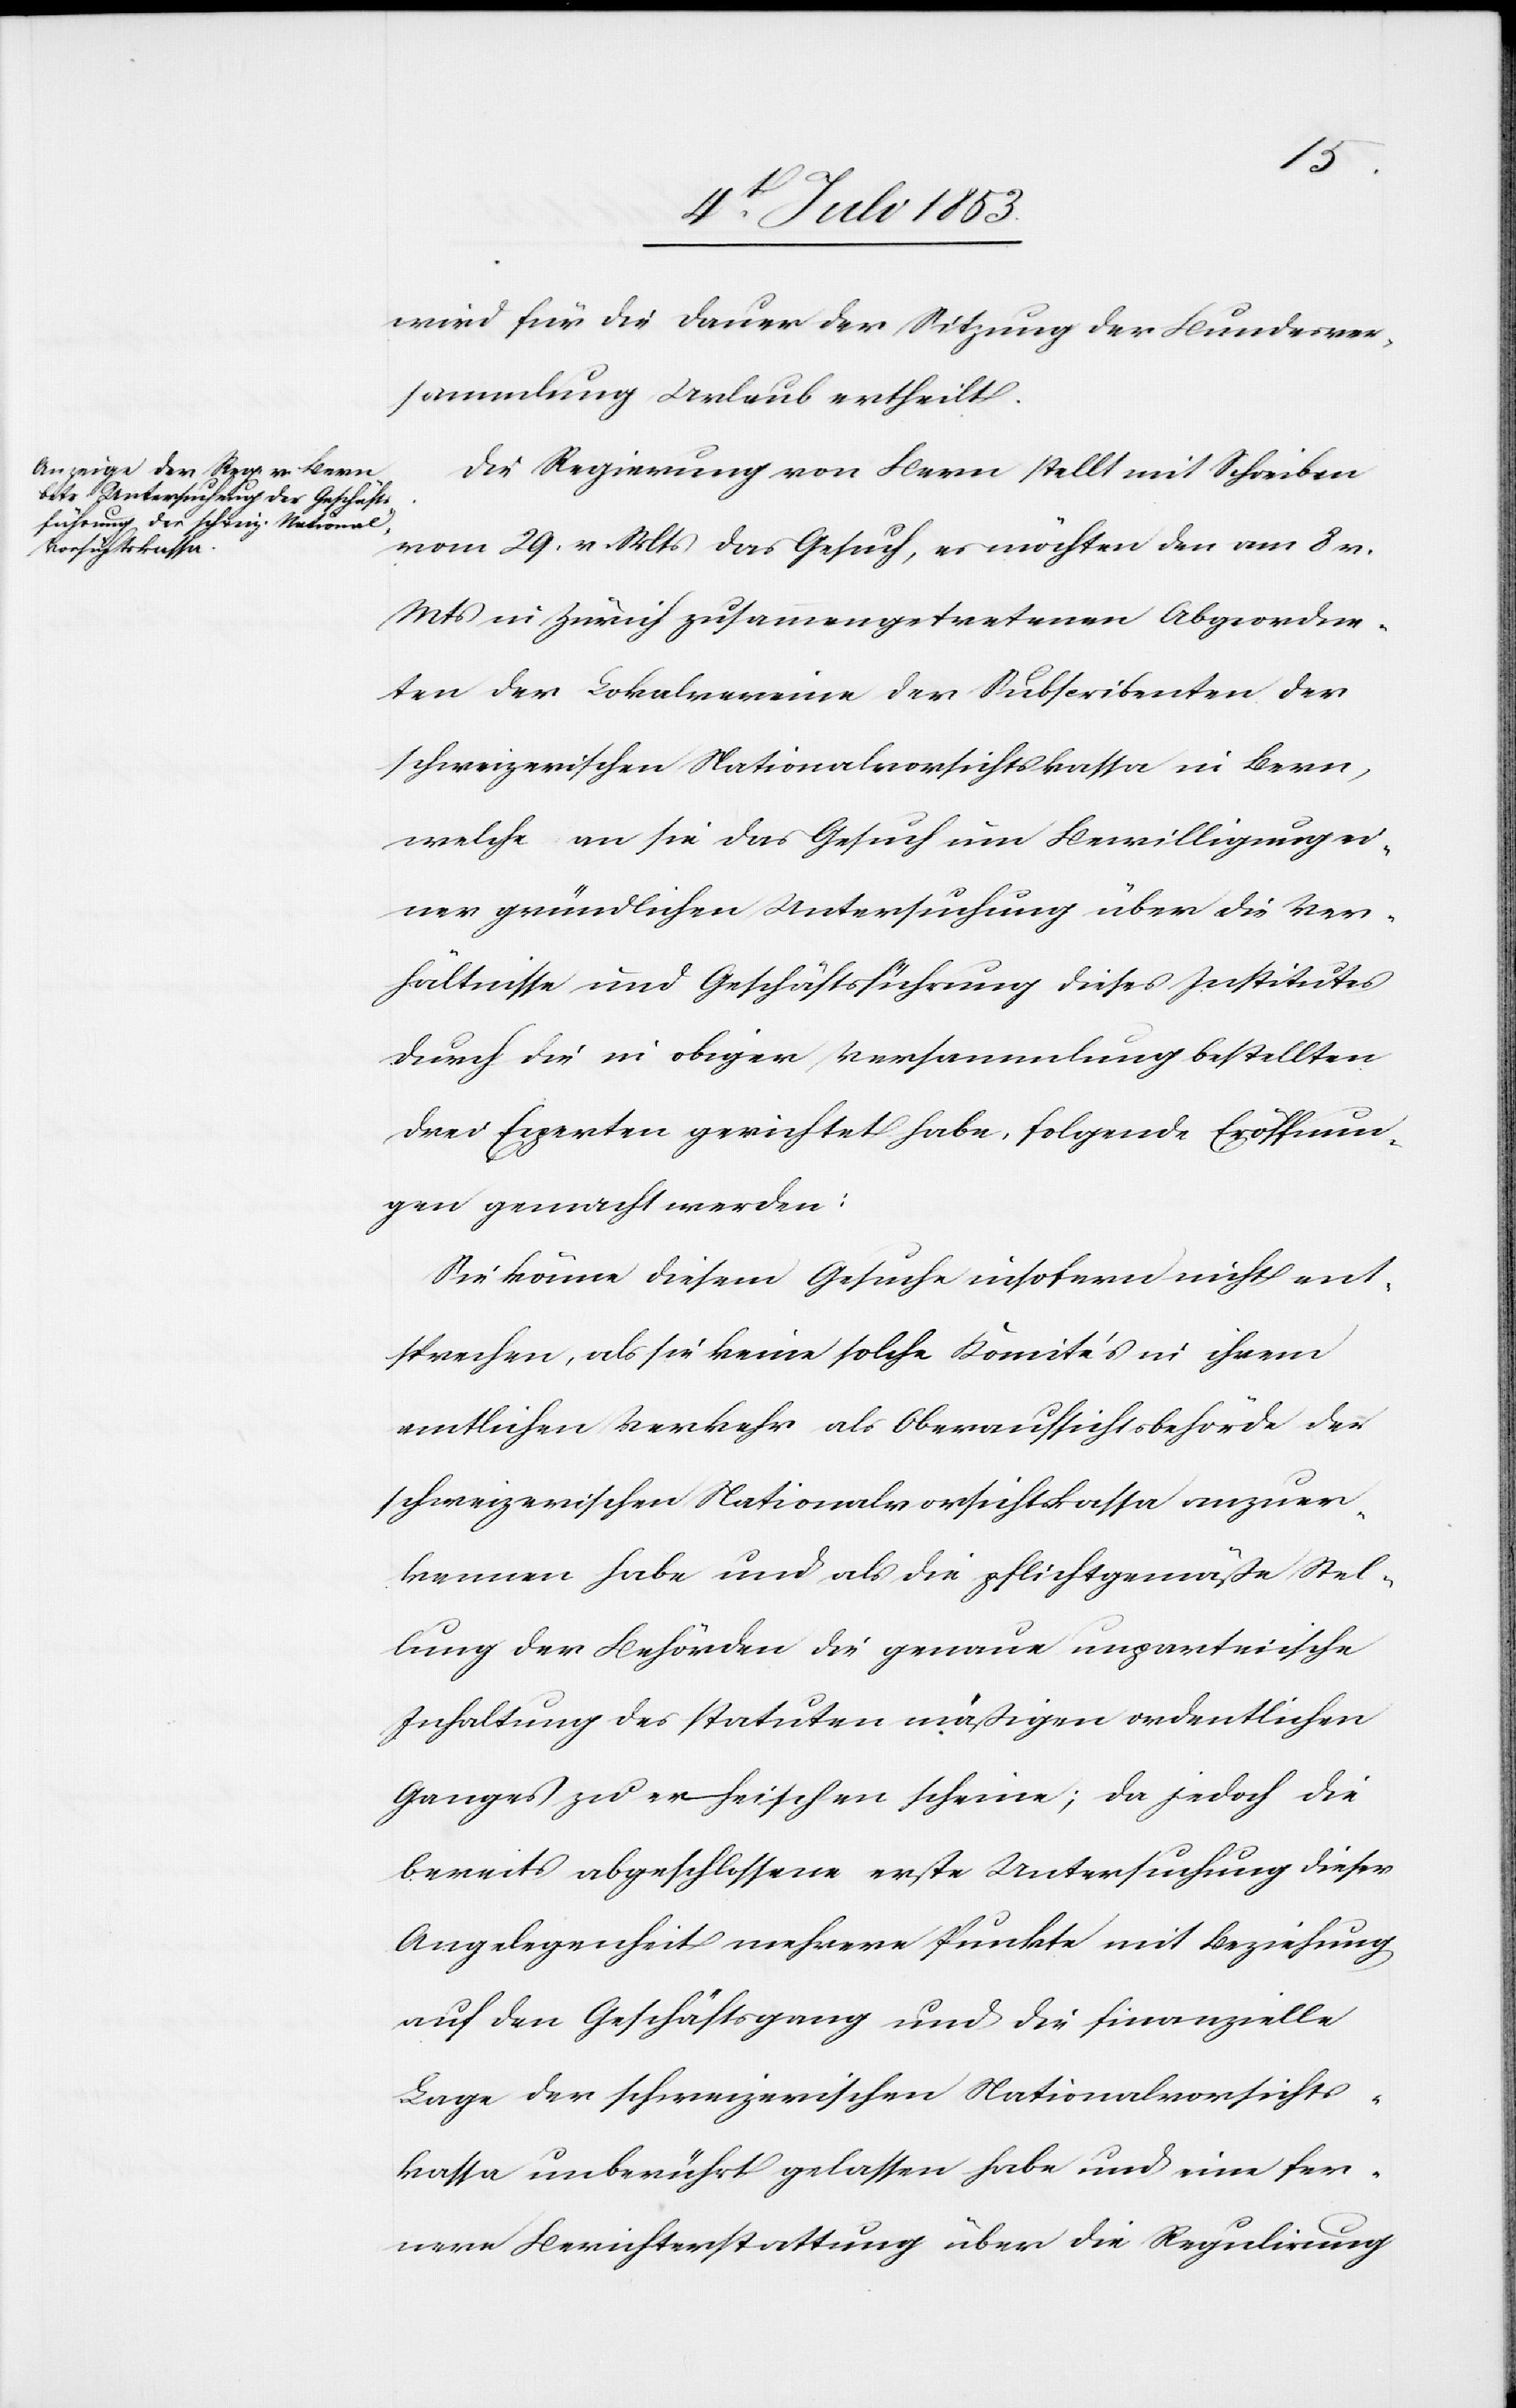
wird für die Dauer der Sitzung der Bundesver¬
sammlung Urlaub ertheilt.
Die Regierung von Bern stellt mit Schreiben
vom 29 v. Mts. das Gesuch, es möchten den am 8 v.
Mts. in Zürich zusammengetretenen Abgeordne¬
ten der Lokalvereine der Subscribenten der
schweizerischen Nationalvorsichtskassa in Bern,
welche an sie das Gesuch um Bewilligung ei¬
ner gründlichen Untersuchung über die Ver¬
hältnisse und Geschäftsführung dieses Institutes
durch die in obiger Versammlung bestellten
drei Experten gerichtet habe, folgende Eröffnun¬
gen gemacht werden:
Sie könne diesem Gesuche insofern nicht ent¬
sprechen, als sie keine solche Komite’s in ihrem
amtlichen Verkehr als Oberaufsichtsbehörde der
schweizerischen Nationalvorsichtskassa anzuer¬
kennen habe und als die pflichtsgemäße Stel¬
lung der Behörden die genaue unparteiische
Inhaltung [sic!] des statuten mäßigen ordentlichen
Ganges zu erheischen scheine; da jedoch die
bereits abgeschloßene erste Untersuchung dieser
Angelegenheit mehrere Punkte mit Beziehung
auf den Geschäftsgang und die finanzielle
Lage der schweizerischen Nationalvorsichts¬
kassa unberührt gelassen habe und eine fer¬
nere Berichterstattung über die Regulirung